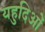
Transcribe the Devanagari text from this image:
यहुदिओं